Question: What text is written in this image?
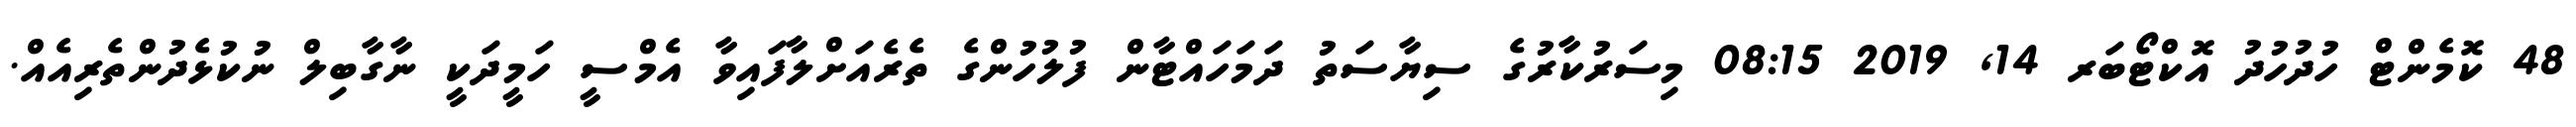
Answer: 48 ކޮމެންޓް ހުދުހުދު އޮކްޓޯބަރ 14, 2019 08:15 މިސަރުކާރުގެ ސިޔާސަތު ދަމަހައްޓާން ފުލުހުންގެ ތެރެއަށްލާފައިވާ އެމްސީ ހަމީދަކީ ނާގާބިލް ނުކުޅެދުންތެރިއެއް.